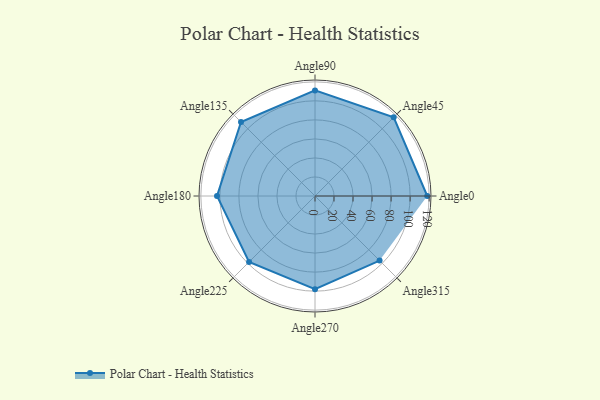
{"axis": {"x": "Angle", "y": "Radius"}, "legend": [""], "data": [{"x": "Angle0", "y": 118.0, "type": ""}, {"x": "Angle45", "y": 117.0, "type": ""}, {"x": "Angle90", "y": 111.0, "type": ""}, {"x": "Angle135", "y": 110.0, "type": ""}, {"x": "Angle180", "y": 103.0, "type": ""}, {"x": "Angle225", "y": 98.0, "type": ""}, {"x": "Angle270", "y": 98.0, "type": ""}, {"x": "Angle315", "y": 96.0, "type": ""}]}